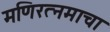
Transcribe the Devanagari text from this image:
मणिरत्नमाचा